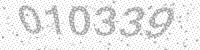
Solution: 010339